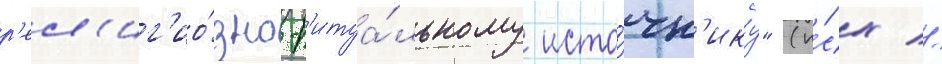
р'ел'иг'ио́зно-р'итуа́льному исто́чн'ику" (и́сх //